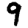
Digit: 9